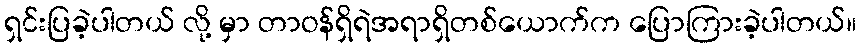
ရှင်းပြခဲ့ပါတယ် လို့ မှာ တာဝန်ရှိရဲအရာရှိတစ်ယောက်က ပြောကြားခဲ့ပါတယ်။